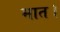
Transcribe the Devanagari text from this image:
मात।